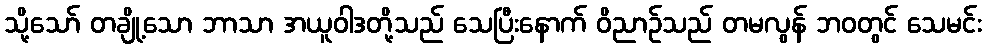
သို့သော် တချို့သော ဘာသာ အယူဝါဒတို့သည် သေပြီးနောက် ဝိညာဉ်သည် တမလွန် ဘဝတွင် သေမင်း